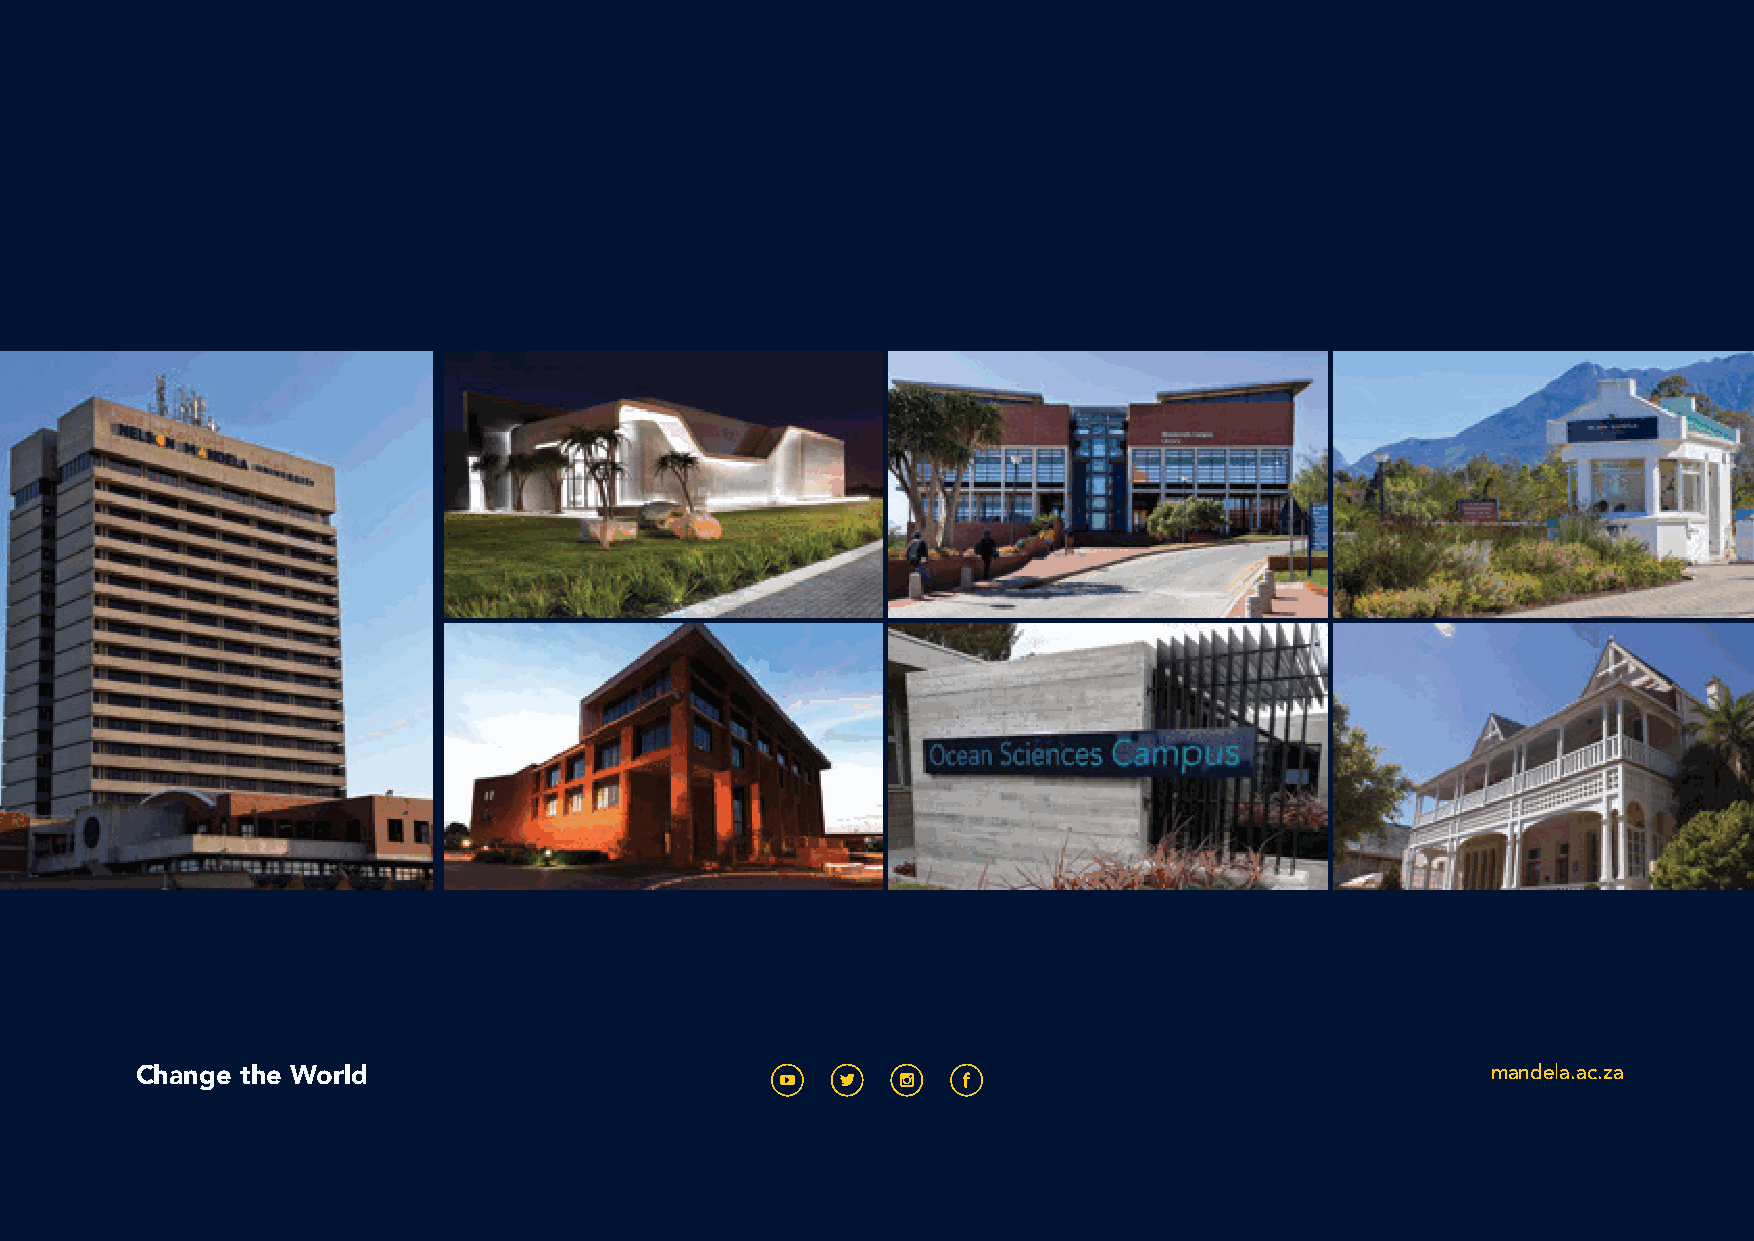
Change the World                                                                          mandela.ac.za